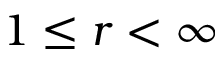
1 \leq r < \infty